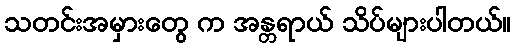
သတင်းအမှားတွေ က အန္တရာယ် သိပ်များပါတယ်။